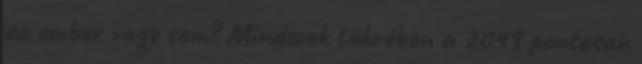
az ember vagy sem? Mindezek tükrében a 2049 pontosan